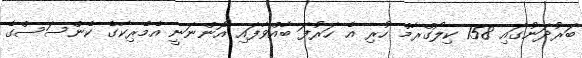
ބަރުދަނުގައި 158 ކިލޯގްރާމް ހުރި އެ ހަރުފަ ބާއްވާފައި އޮންނަނީ އެމެރިކާގެ ކެންސަސްގެ